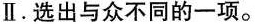
Ⅱ.选出与众不同的一项。